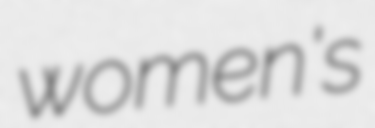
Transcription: women's